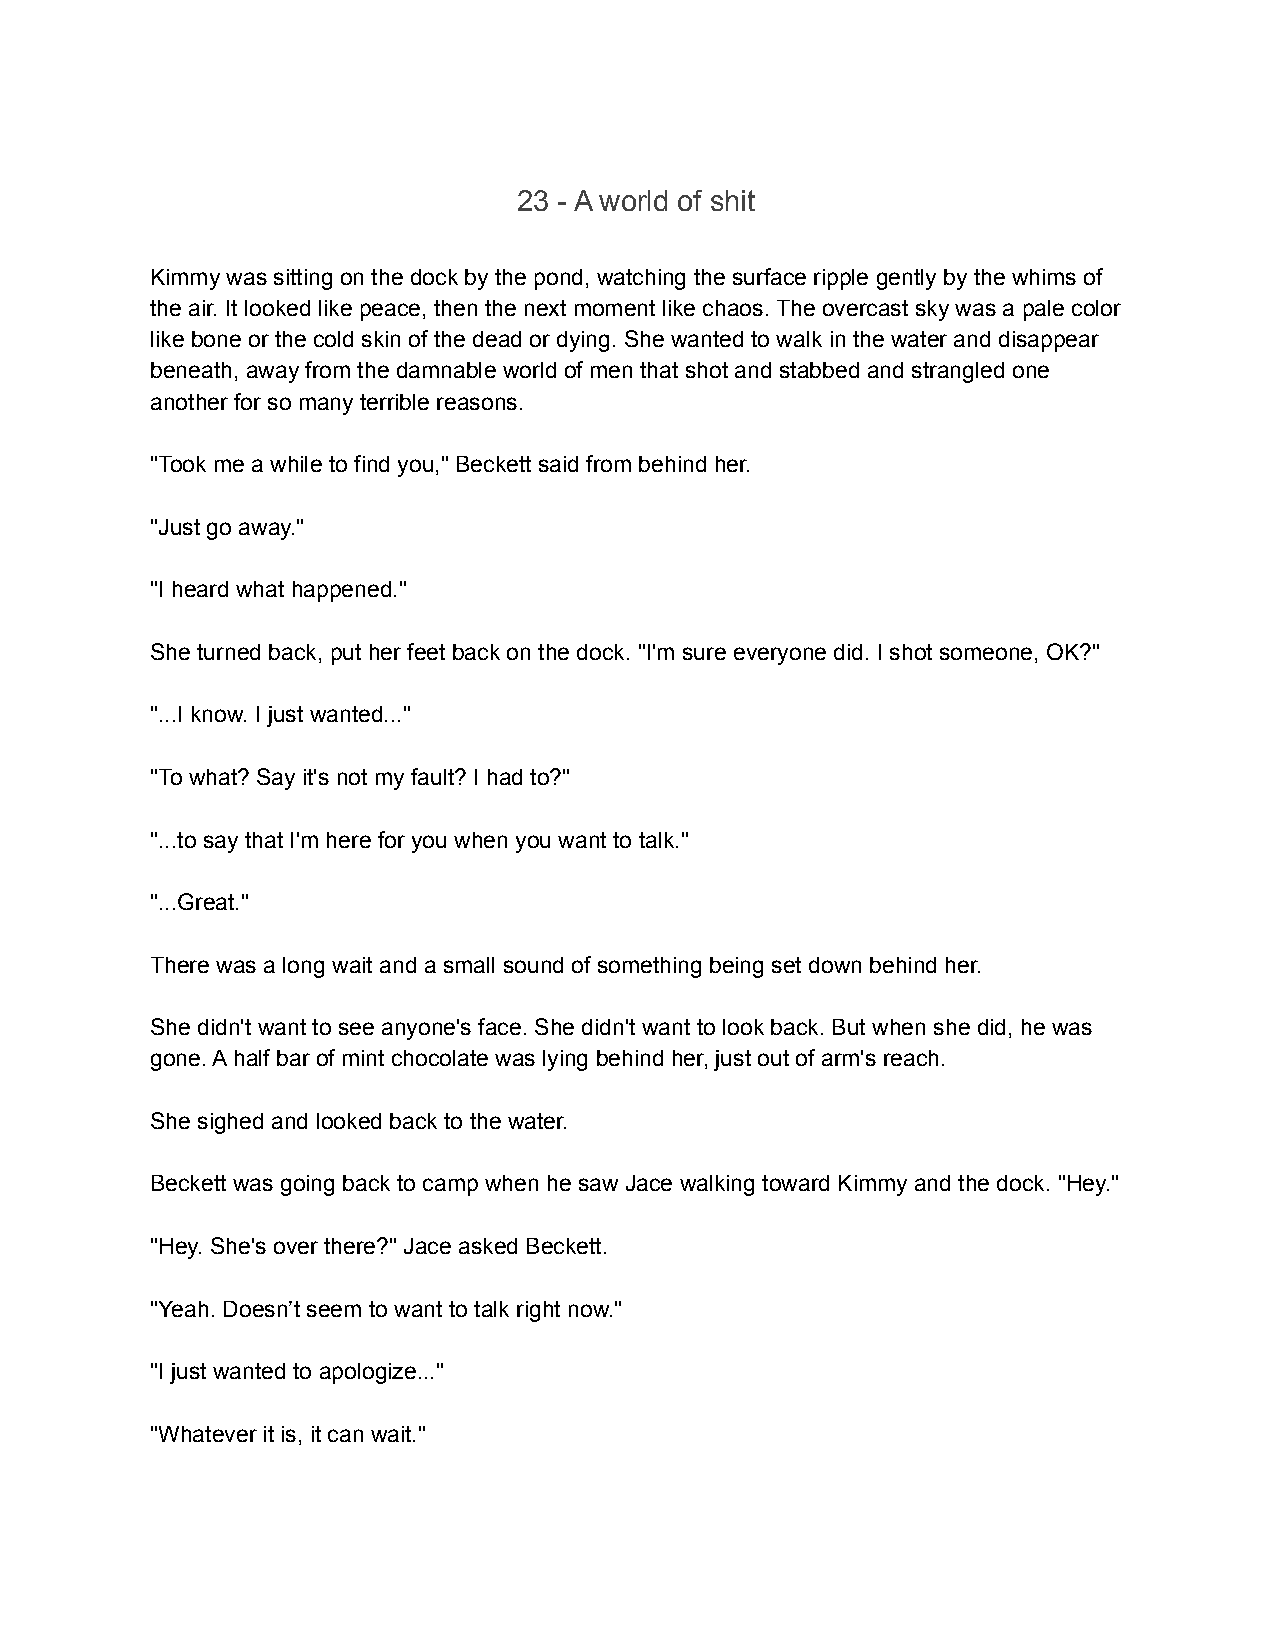
23 - A world of shit
 Kimmy was sitting on the dock by the pond, watching the surface ripple gently by the whims of
 the air. It looked like peace, then the next moment like chaos. The overcast sky was a pale color
 like bone or the cold skin of the dead or dying. She wanted to walk in the water and disappear
 beneath, away from the damnable world of men that shot and stabbed and strangled one
 another for so many terrible reasons.
 "Took me a while to find you," Beckett said from behind her.
 "Just go away."
 "I heard what happened."
 She turned back, put her feet back on the dock. "I'm sure everyone did. I shot someone, OK?"
 "...I know. I just wanted..."
 "To what? Say it's not my fault? I had to?"
 "...to say that I'm here for you when you want to talk."
 "...Great."
 There was a long wait and a small sound of something being set down behind her.
 She didn't want to see anyone's face. She didn't want to look back. But when she did, he was
 gone. A half bar of mint chocolate was lying behind her, just out of arm's reach.
 She sighed and looked back to the water.
 Beckett was going back to camp when he saw Jace walking toward Kimmy and the dock. "Hey."
 "Hey. She's over there?" Jace asked Beckett.
 "Yeah. Doesn’t seem to want to talk right now."
 "I just wanted to apologize..."
 "Whatever it is, it can wait."